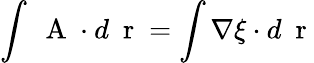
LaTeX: \int\mathrm{~\mathbf~A~}\cdot d\mathrm{~\mathbf~r~}=\int\nabla\xi\cdot d\mathrm{~\mathbf~r~}